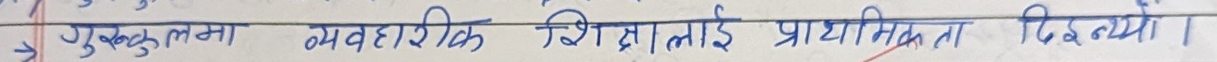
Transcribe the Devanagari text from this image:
गुरुकुलमा व्यावहारिक शिक्षालाई प्राथमिकता दियो।